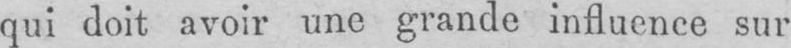
qui doit avoir une grande influence sur